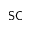
\mathsf { S C }